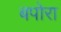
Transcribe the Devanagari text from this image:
बपोरा